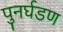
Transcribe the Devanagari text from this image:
पुनर्घडण